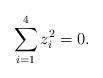
LaTeX: \begin{align*}\sum_{ i = 1 }^{ 4 } z_i^2 = 0. \end{align*}